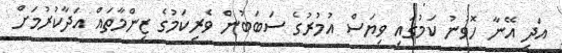
އަދި އޭނާ ހޮވުނު ކަމުގައި ވިޔަސް އުމުރުގެ ސަބަބުން ވެރިކަމުގެ ޒިންމާތައް އަދާކުރުމަށް